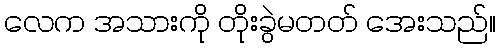
လေက အသားကို တိုးခွဲမတတ် အေးသည်။